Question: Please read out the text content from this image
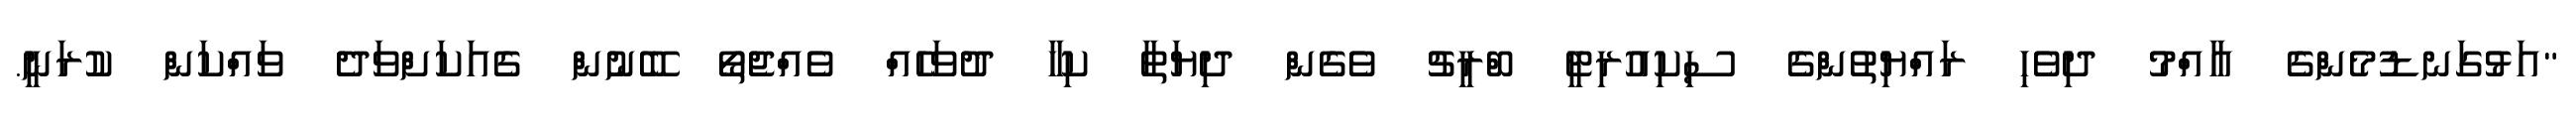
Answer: "އަޅުގަނޑުމެންގެ އާއްމު ދިވެހި ރައްޔިތުންގެ ސިކިއުރިޓީ ބްރީޗު ވެގެން ދިޔަތާ ކިހާ ދުވަހެއް ވެއްޖެތޯ ބޭނުން ގެއަކަށްވަދެ ވައްކަން ކުރަނީ.